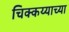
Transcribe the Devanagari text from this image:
चिक्कय्याच्या